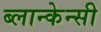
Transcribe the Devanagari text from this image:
ब्लान्केन्सी